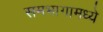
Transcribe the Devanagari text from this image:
समभागामध्ये